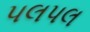
પલપલ